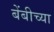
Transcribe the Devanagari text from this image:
बेंबीच्या